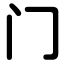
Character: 门